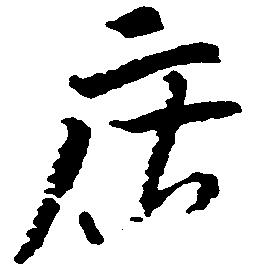
庄